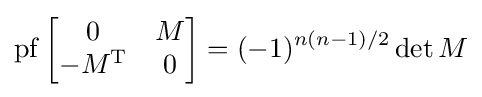
\operatorname {pf} {\begin{bmatrix}0&M\\-M^{\text{T}}&0\end{bmatrix}}=(-1)^{n(n-1)/2}\det M